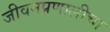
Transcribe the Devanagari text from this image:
जीवनप्रणालीचा